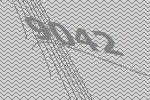
9042